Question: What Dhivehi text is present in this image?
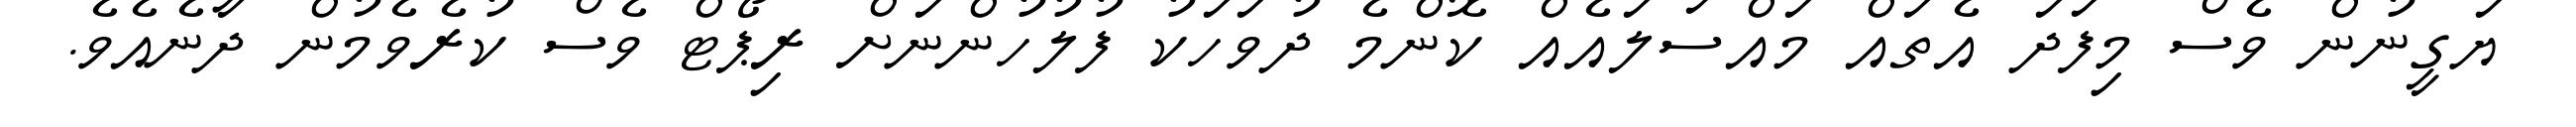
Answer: ޔަގީނުން ވެސް މިފަދަ އެތައް މައްސަލައެއް ކޮންމެ ދުވަހަކު ފުލުހުންނަށް ރިޕޯޓް ވެސް ކުރެވެމުން ދާނެއެވެ.